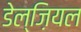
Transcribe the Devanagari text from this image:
डेल्ज़ियल